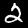
Digit: 2